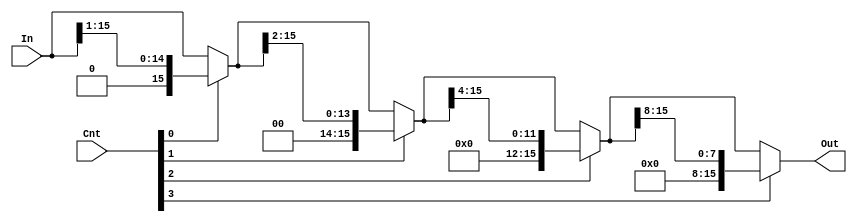

module LogicalRShifter (In, Cnt, Out);
	input [15:0] In;
	input [3:0]  Cnt;
	output [15:0] Out;
	
	wire [15:0] MR_out_0, MR_out_1, MR_out_2;
	
	// mux_row_16 MR0 (.In1({ 1'b0      , In[15:1]       }), .In0(In), 	  .Sel(Cnt[0]), .Out(MR_out_0));
	// mux_row_16 MR1 (.In1({ {2{1'b0}} , MR_out_0[15:2] }), .In0(MR_out_0), .Sel(Cnt[1]), .Out(MR_out_1));
	// mux_row_16 MR2 (.In1({ {4{1'b0}} , MR_out_1[15:4] }), .In0(MR_out_1), .Sel(Cnt[2]), .Out(MR_out_2));
	// mux_row_16 MR3 (.In1({ {8{1'b0}} , MR_out_2[15:8] }), .In0(MR_out_2), .Sel(Cnt[3]), .Out(Out));

	assign MR_out_0 = Cnt[0] ? { 1'b0      , In[15:1]       } : In;
	assign MR_out_1 = Cnt[1] ? { {2{1'b0}} , MR_out_0[15:2] } : MR_out_0;
	assign MR_out_2 = Cnt[2] ? { {4{1'b0}} , MR_out_1[15:4] } : MR_out_1;
	assign Out      = Cnt[3] ? { {8{1'b0}} , MR_out_2[15:8] } : MR_out_2;

	
endmodule